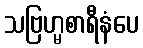
သဗြဟ္မစာရီနံပေ